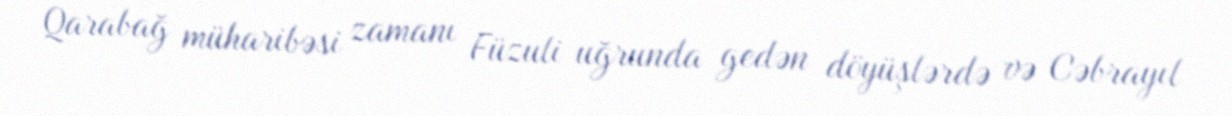
Qarabağ müharibəsi zamanı Füzuli uğrunda gedən döyüşlərdə və Cəbrayıl